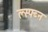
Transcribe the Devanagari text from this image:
ल्स्फ्ब्न